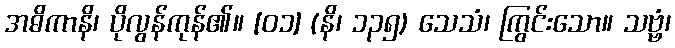
အဓိကာနိ၊ ပိုလွန်ကုန်၏။ [၀၁] (နိ၊ ၁၃၅) သေသံ၊ ကြွင်းသော။ သဗ္ဗံ၊